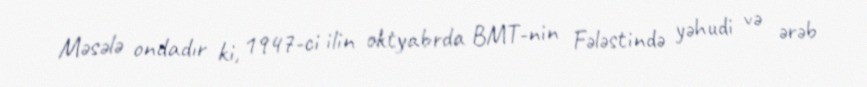
Məsələ ondadır ki, 1947-ci ilin oktyabrda BMT-nin Fələstində yəhudi və ərəb